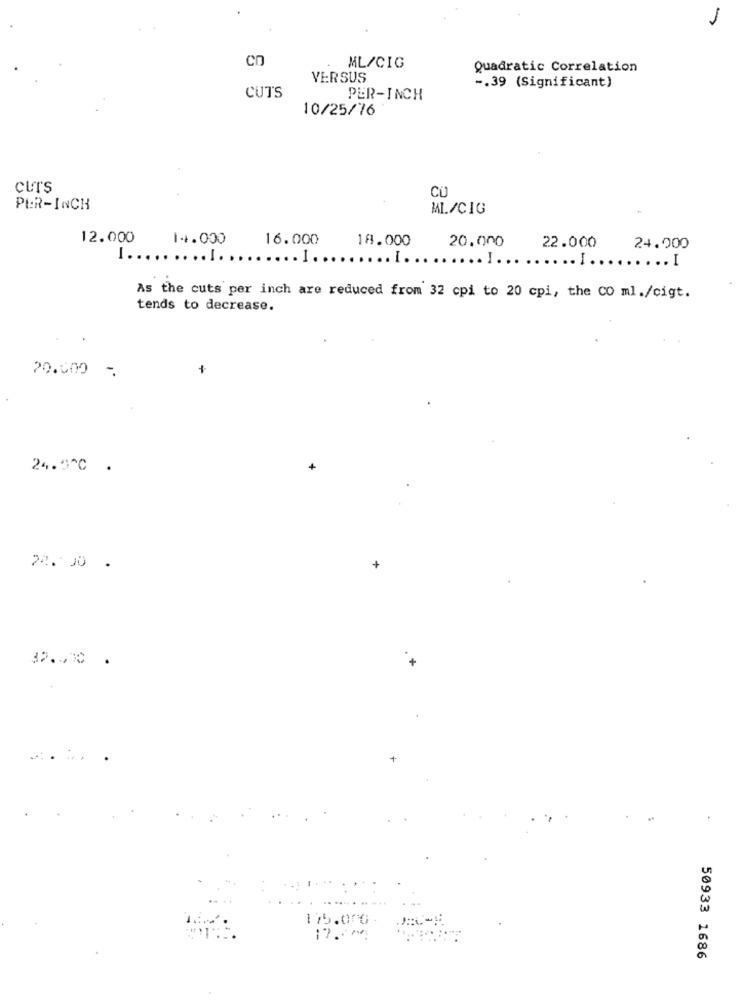
1
CO
ML/CIG
Quadratic Correlation
VERSUS
-. 39 (Significant)
CUTS
PER-INCH
10/25/76
curs
CU
PER-INCH
ML/CIG
12.000
14.000
16.000
18.000
20.000
22.000
24.000
I ........... ........ ] ..
.. I.
..... I.
...... I.
...... I
As the cuts per inch are reduced from 32 cpi to 20 cpi, the CO ml./cigt.
tends to decrease.
20.000
+
24.5℃ .
24. 00 .
32 ... .
175.00G
17 .. "
50933 1686